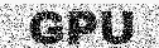
GPU